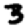
Digit: 3